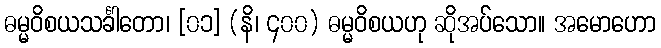
ဓမ္မဝိစယသင်္ခါတော၊ [၀၁] (နိ၊ ၄၀၀) ဓမ္မဝိစယဟု ဆိုအပ်သော။ အမောဟော